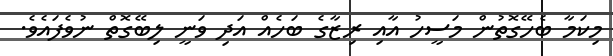
މިކަމާ ބެހޭގޮތުން މަސީހު އާއި ރިޒާގެ ބަހެއް އަދި ވަނީ ލިބޭގޮތް ނުވެފައެވެ.